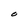
Character: O